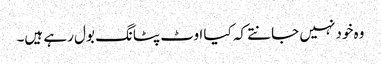
وہ خود نہیں جانتے کہ کیا اوٹ پٹانگ بول رہے ہیں۔